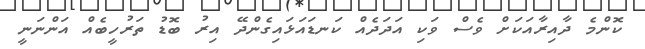
ކޮންމެ ދާއިރާއަކަށް ވެސް ވަކި އަދަދެއް ކަނޑައަޅައިގެންދޭ އިރު ބޮޑު ތަރުހީބެއް އަންނަނީ